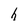
Character: h